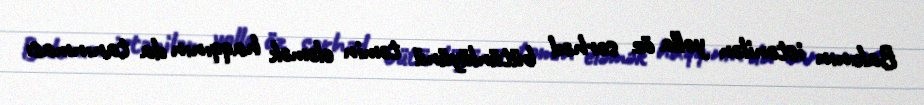
Bakının istənilən yolla öz sərhəd bütünlüyünü təmin eləmək haqqının da tanınması